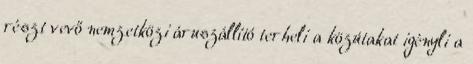
részt vevő nemzetközi áruszállító terheli a közútakat igényli a